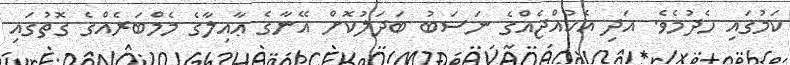
ކަމުގައި ހެދުމެވެ. އަދި އެކުއްޖެއްގެ ނަސަބު ބަދަލުކޮށް އޭނާގެ ޢާއިލާގެ މެމްބަރެއްގެ ގޮތުގައި